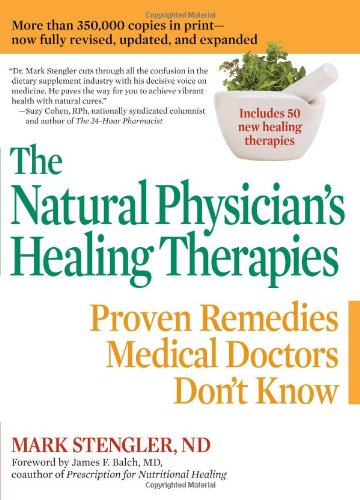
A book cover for The Natural Physician's Healing Therapies: Proven Remedies Medical Doctors Don't Know; Mark Stengler; Health, Fitness & Dieting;